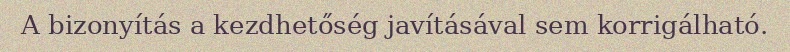
A bizonyítás a kezdhetőség javításával sem korrigálható.